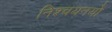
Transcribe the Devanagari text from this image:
निश्चयनयों